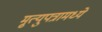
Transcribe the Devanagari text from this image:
मृ्त्युपत्रामध्ये